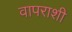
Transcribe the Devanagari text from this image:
वापराशी